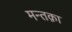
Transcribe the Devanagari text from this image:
मन्तक़ा